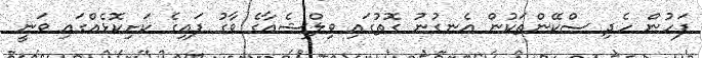
ފަހުން ހެދި ސްކޭންތަކުން އެނގުނު ގޮތުގައި ވިލްޝެއާގެ ވާގު ފައިގެ ކަށިކޮޅެއްގައި ވަނީ